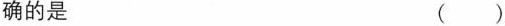
确的是（）